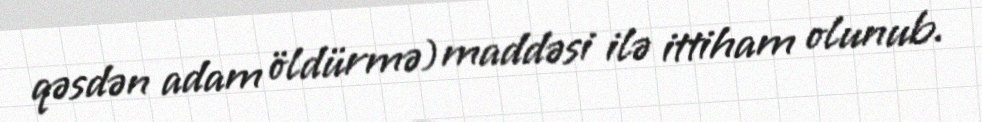
qəsdən adam öldürmə) maddəsi ilə ittiham olunub.